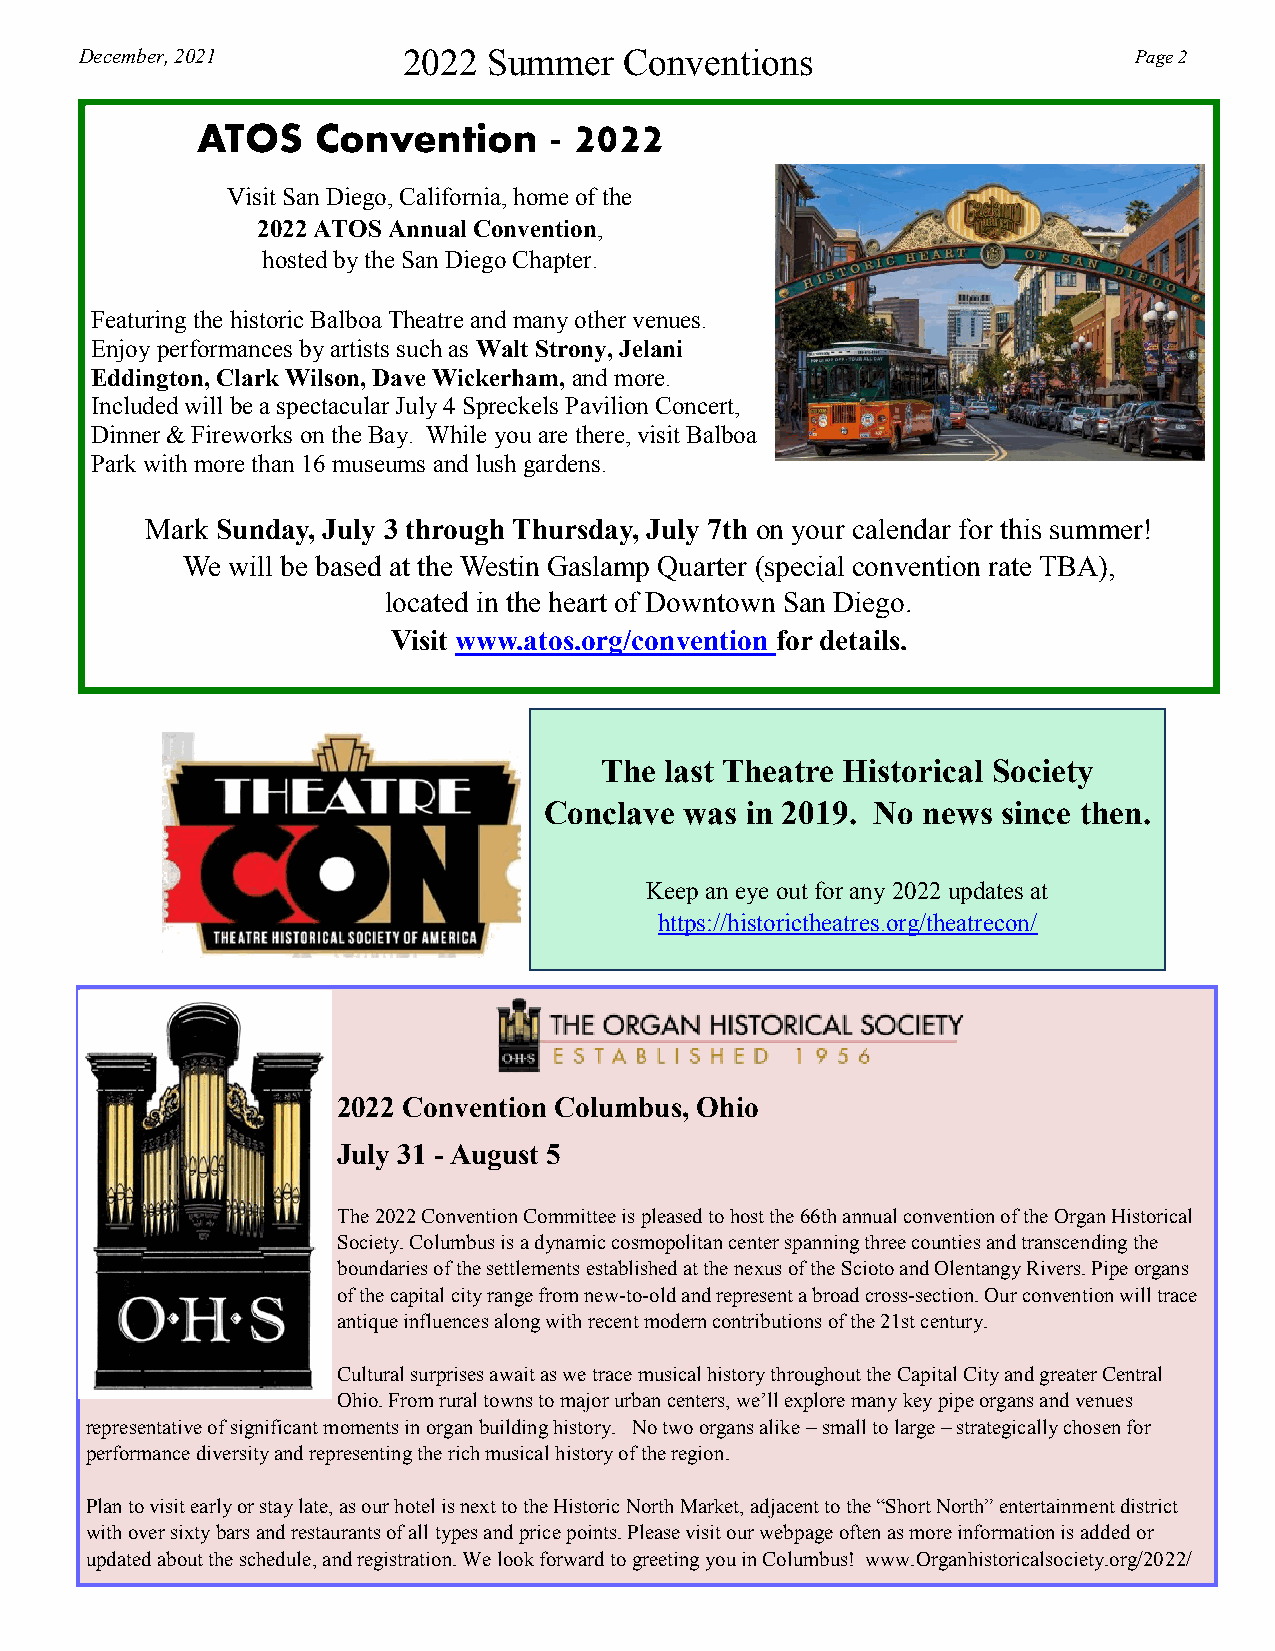
December, 2021        2022 Summer   Conventions                       Page 2
 2022
 ATOS    Convention     -
 Visit San Diego, California, home of the
 2022 ATOS Annual Convention,
 hosted by the San Diego Chapter.
 Featuring the historic Balboa Theatre and many other venues.
 Enjoy performances by artists such as Walt Strony, Jelani
 Eddington, Clark Wilson, Dave Wickerham, and more.
 Included will be a spectacular July 4 Spreckels Pavilion Concert,
 Dinner & Fireworks on the Bay. While you are there, visit Balboa
 Park with more than 16 museums and lush gardens.
 Mark Sunday, July 3 through Thursday, July 7th on your calendar for this summer!
 We will be based at the Westin Gaslamp Quarter (special convention rate TBA),
 located in the heart of Downtown San Diego.
 Visit www.atos.org/convention for details.
 The last Theatre Historical Society
 Conclave was in 2019. No news since then.
 Keep an eye out for any 2022 updates at
 https://historictheatres.org/theatrecon/
 2022 Convention Columbus, Ohio
 July 31 - August 5
 The 2022 Convention Committee is pleased to host the 66th annual convention of the Organ Historical
 Society. Columbus is a dynamic cosmopolitan center spanning three counties and transcending the
 boundaries of the settlements established at the nexus of the Scioto and Olentangy Rivers. Pipe organs
 of the capital city range from new-to-old and represent a broad cross-section. Our convention will trace
 antique influences along with recent modern contributions of the 21st century.
 Cultural surprises await as we trace musical history throughout the Capital City and greater Central
 Ohio. From rural towns to major urban centers, we’ll explore many key pipe organs and venues
 representative of significant moments in organ building history. No two organs alike – small to large – strategically chosen for
 performance diversity and representing the rich musical history of the region.
 Plan to visit early or stay late, as our hotel is next to the Historic North Market, adjacent to the “Short North” entertainment district
 with over sixty bars and restaurants of all types and price points. Please visit our webpage often as more information is added or
 updated about the schedule, and registration. We look forward to greeting you in Columbus! www.Organhistoricalsociety.org/2022/